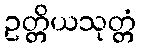
ဥတ္တိယသုတ္တံ